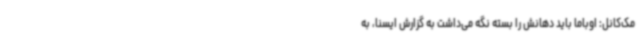
مک‌کانل: اوباما باید دهانش را بسته نگه می‌داشت به گزارش ایسنا، به